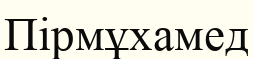
Пірмұхамед